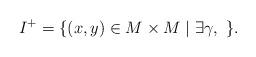
LaTeX: \begin{align*}I^+ = \{ (x,y)\in M\times M \mid \exists \gamma,~ \} .\end{align*}